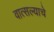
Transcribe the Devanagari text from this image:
वात्सल्याचे